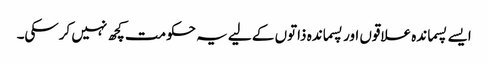
ایسے پسماندہ علاقوں اور پسماندہ ذاتوں کے لیے یہ حکومت کچھ نہیں کرسکی۔